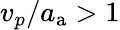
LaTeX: v_{p}/a_{\mathrm{a}}>1